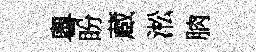
粵盼蔵淞朒